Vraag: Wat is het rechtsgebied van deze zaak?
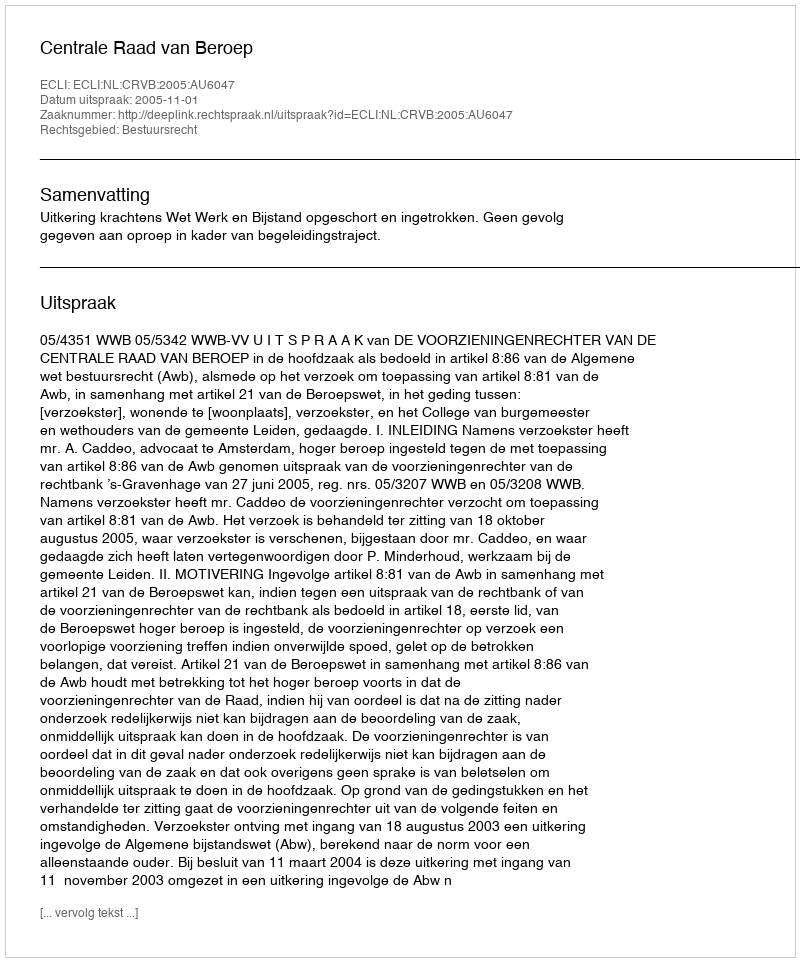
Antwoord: Bestuursrecht